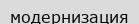
модернизация